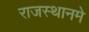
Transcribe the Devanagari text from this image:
राजस्थानमे